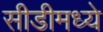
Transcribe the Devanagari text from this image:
सीडीमध्ये